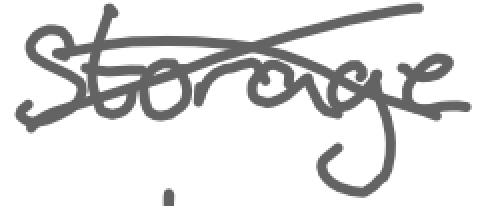
Text: storage
Cross-out: cross
Writing tool: digital_gray